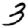
Digit: 3